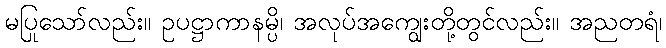
မပြုသော်လည်း။ ဥပဋ္ဌာကာနမ္ပိ၊ အလုပ်အကျွေးတို့တွင်လည်း။ အညတရံ၊